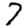
Digit: 7